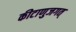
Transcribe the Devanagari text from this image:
कीटाणुजगत्